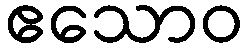
ဧသောဝ